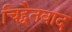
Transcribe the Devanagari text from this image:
चिद्द्वैतवाद